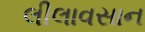
લીલાવસાન